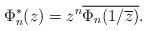
LaTeX: \begin{align*}\Phi_n^*(z)=z^n\overline{\Phi_n(1/\overline{z})}.\end{align*}